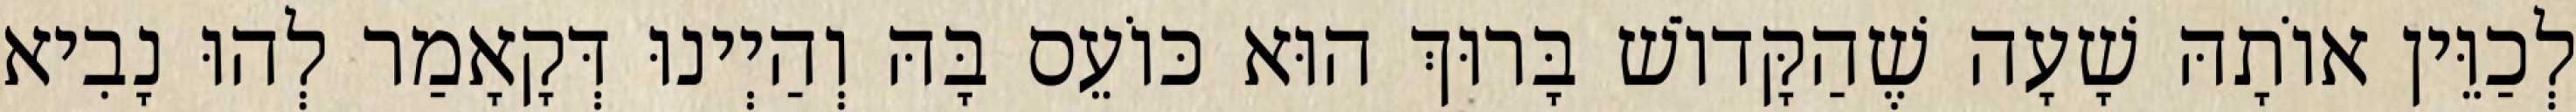
לְכַוֵּין אוֹתָהּ שָׁעָה שֶׁהַקָּדוֹשׁ בָּרוּךְ הוּא כּוֹעֵס בָּהּ וְהַיְינוּ דְּקָאָמַר לְהוּ נָבִיא